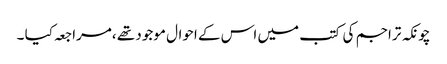
چونکہ تراجم کی کتب میں اس کے احوال موجود تھے ،مراجعہ کیا ۔